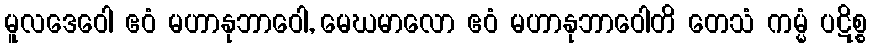
မူလဒေဝေါ ဧဝံ မဟာနုဘာဝေါ, မေဃမာလော ဧဝံ မဟာနုဘာဝေါတိ တေသံ ကမ္မံ ပဋိစ္စ